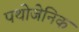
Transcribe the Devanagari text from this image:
पथोजेनिक